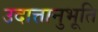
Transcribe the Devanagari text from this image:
उदात्तानुभूति